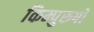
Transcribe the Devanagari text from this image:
किम्पुरुषों